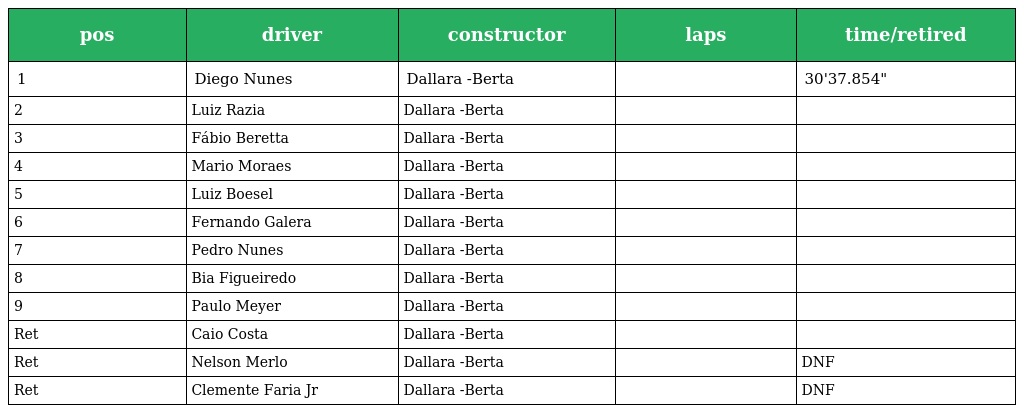
| pos | driver | constructor | laps | time/retired |
 | --- | --- | --- | --- | --- |
 | 1 | Diego Nunes | Dallara -Berta |  | 30'37.854" |
 | 2 | Luiz Razia | Dallara -Berta |  |  |
 | 3 | Fábio Beretta | Dallara -Berta |  |  |
 | 4 | Mario Moraes | Dallara -Berta |  |  |
 | 5 | Luiz Boesel | Dallara -Berta |  |  |
 | 6 | Fernando Galera | Dallara -Berta |  |  |
 | 7 | Pedro Nunes | Dallara -Berta |  |  |
 | 8 | Bia Figueiredo | Dallara -Berta |  |  |
 | 9 | Paulo Meyer | Dallara -Berta |  |  |
 | Ret | Caio Costa | Dallara -Berta |  |  |
 | Ret | Nelson Merlo | Dallara -Berta |  | DNF |
 | Ret | Clemente Faria Jr | Dallara -Berta |  | DNF |